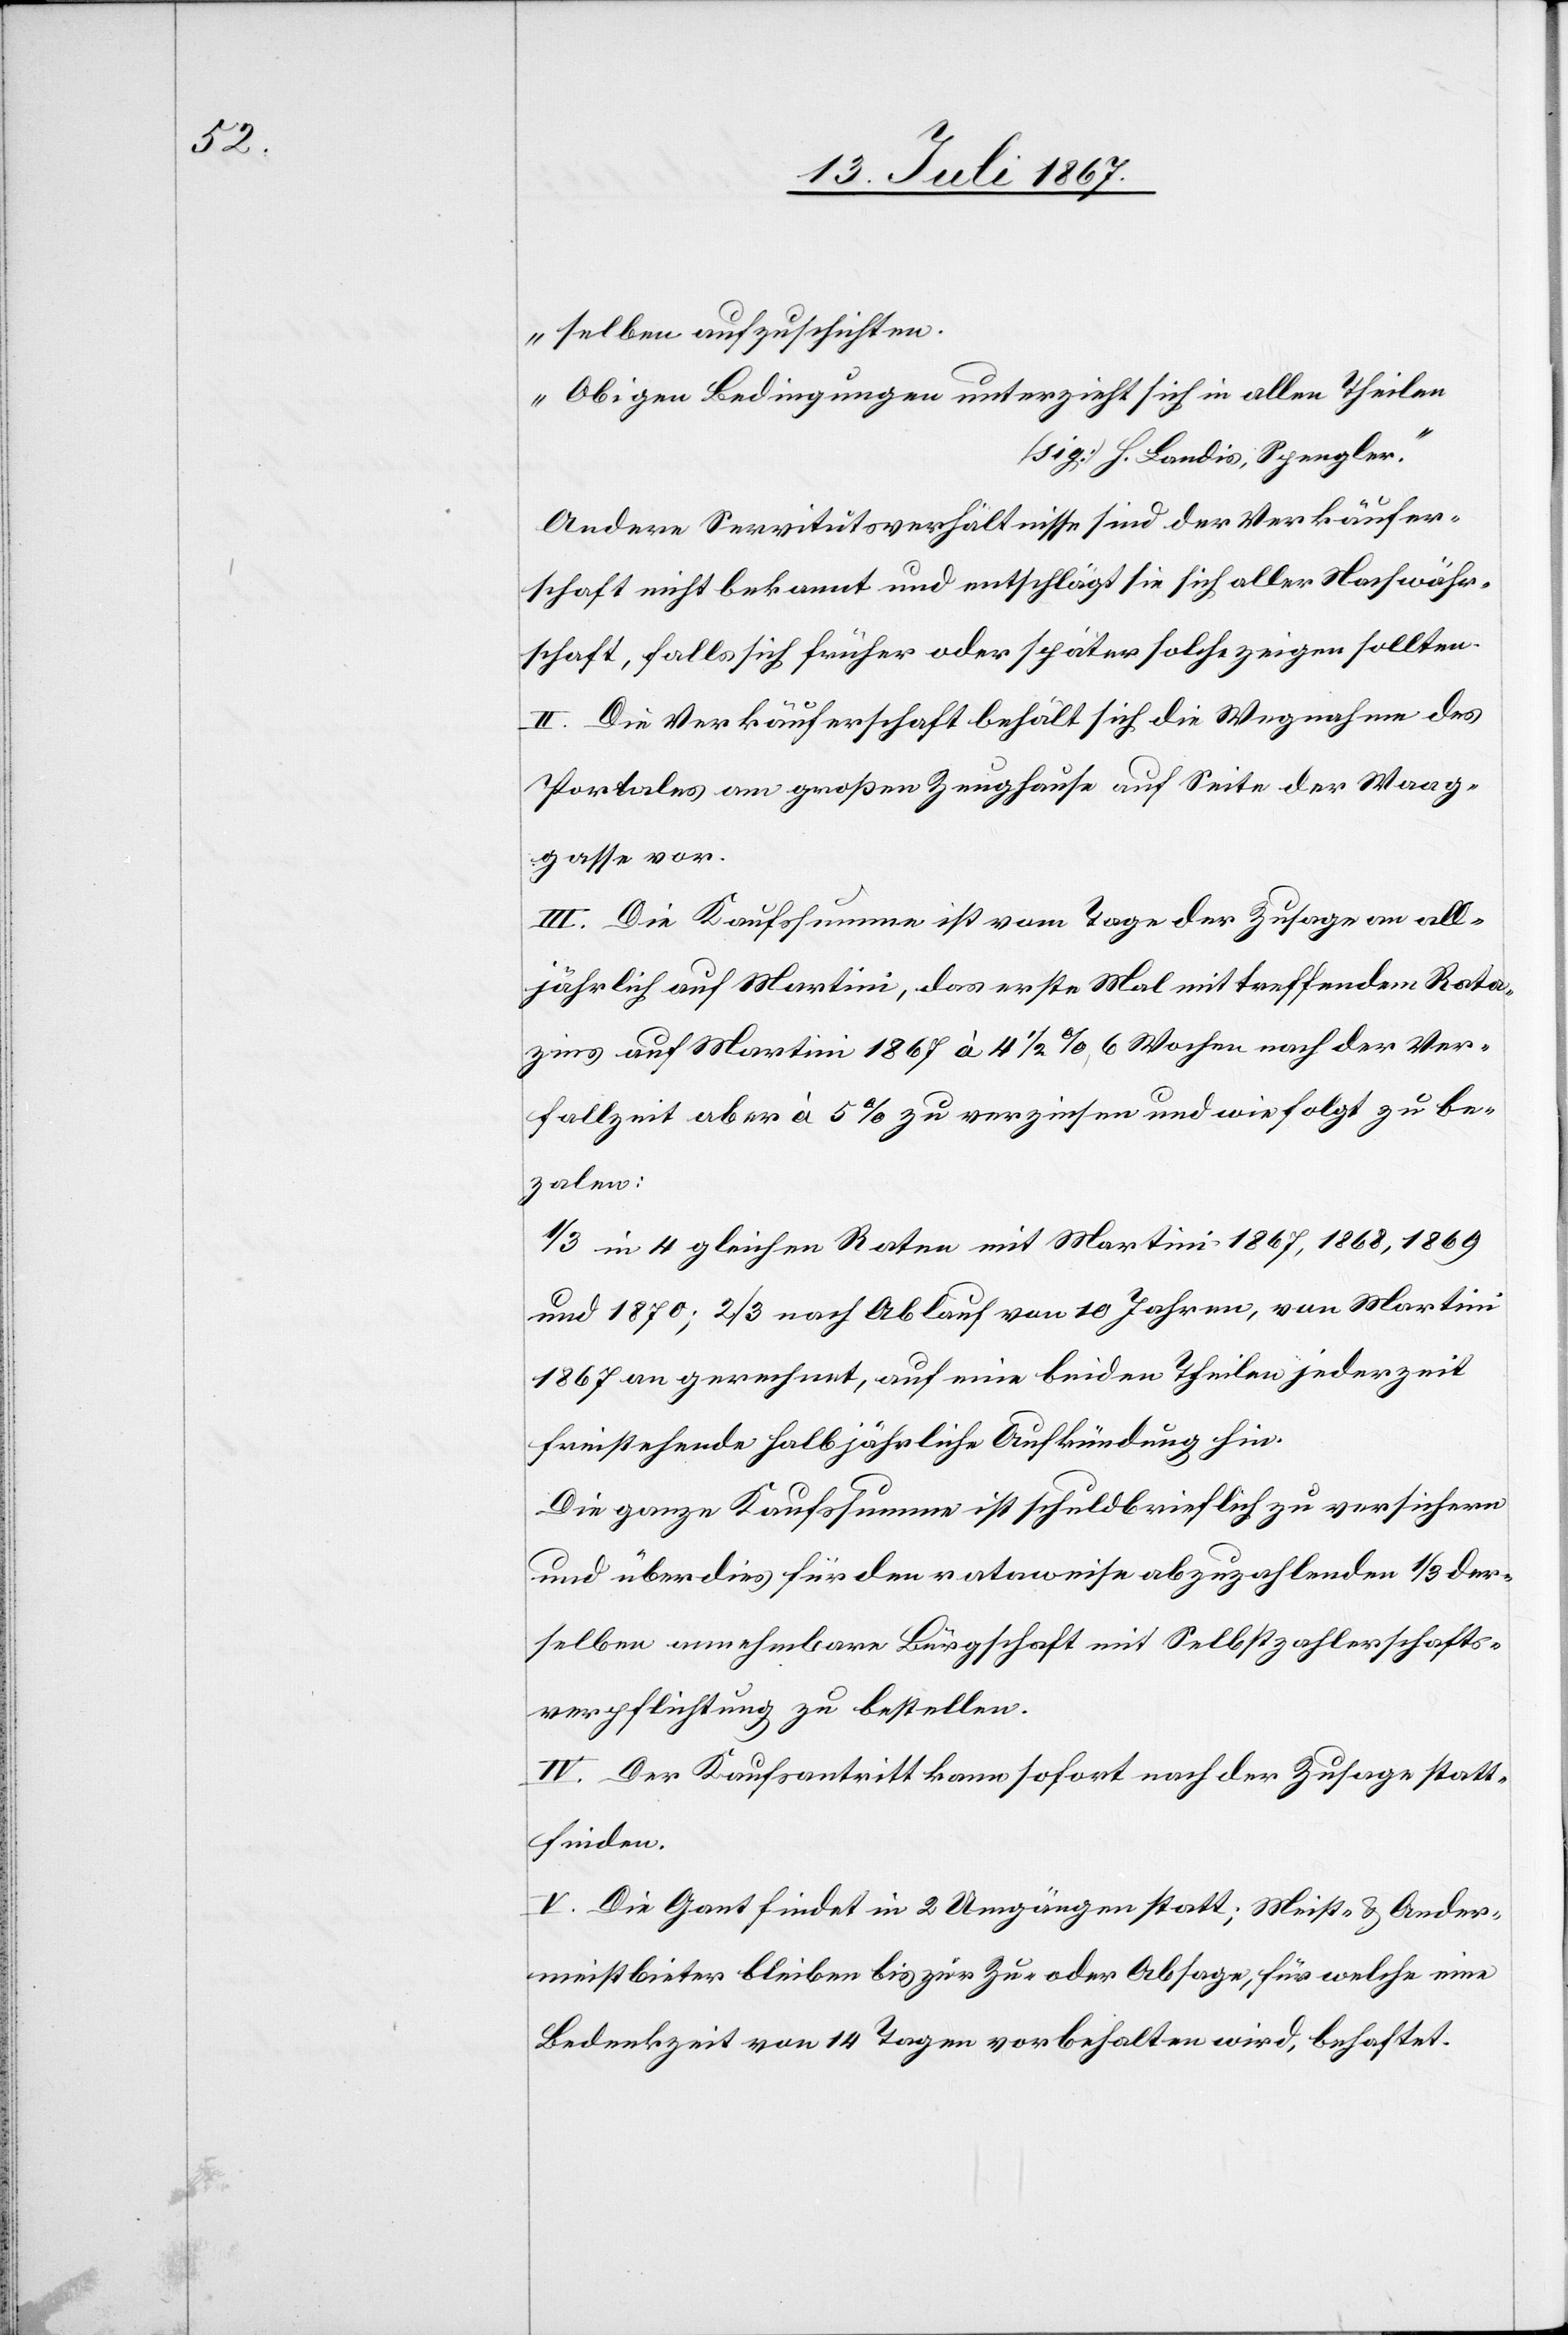
selben aufzuschichten.
Obigen Bedingungen unterzieht sich in allen Theilen
[sig] H. Landis, Spengler.“
Andere Servitutsverhältnisse sind der Verkäufer¬
schaft nicht bekannt und entschlägt sie sich aller Nachwähr¬
schaft, falls sich früher oder später solche zeigen sollten.
II. Die Verkäuferschaft behält sich die Wegnahme des
Portales am großen Zeughause auf Seite der Waag¬
gasse vor.
III. Die Kaufssumme ist vom Tage der Zusage an all¬
jährlich auf Martini, das erste Mal mit treffendem Rota¬
zins auf Martini 1867 à 4 1/2 %, 6 Wochen nach der Ver¬
fallzeit aber à 5 % zu verzinsen und wie folgt zu be¬
zahlen:
1/3 in 4 gleichen Raten mit Martini 1867, 1868, 1869
und 1870; 2/3 nach Ablauf von 10 Jahren, von Martini
1867 an gerechnet, auf eine beiden Theilen jederzeit
freistehende halbjährliche Aufkündigung hin.
Die ganz Kaufssumme ist schuldbrieflich zu versichern
und überdies für den rotaweise abzuzahlenden 1/3 der¬
selben annehmbare Bürgschaft mit Selbstzahlerschafts¬
verpflichtung zu bestellen.
IV. Der Kaufantritt kann sofort nach der Zusage statt¬
finden.
V. Die Gant findet in 2 Umzügen statt; Meist- u. Ander¬
meistbieter bleiben bis zur Zu- oder Absage, für welche eine
Bedenkzeit von 14 Tagen vorbehalten wird, behaftet.